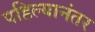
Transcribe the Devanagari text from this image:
पहिल्यानंतर